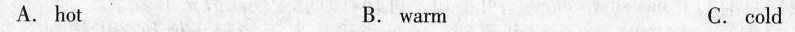
A. hot B. warm C. cold